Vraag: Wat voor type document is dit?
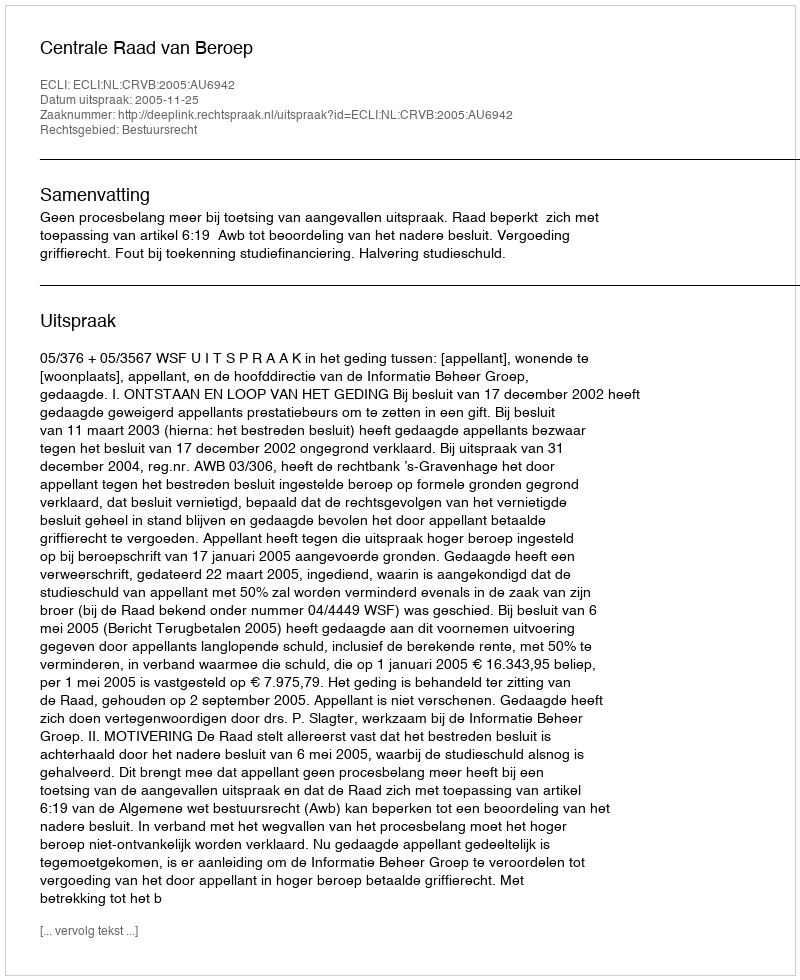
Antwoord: Uitspraak